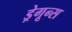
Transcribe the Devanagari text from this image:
ड्रेगून्स